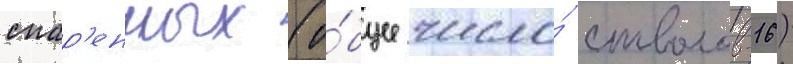
спар'енных (о́бщее число́ стволов-16)